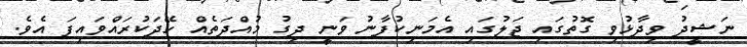
ނަޝީދު ވިދާޅުވި ގޮތުގައި ޖަލުގައި އެމަނިކުފާނު ވަނީ ދިގު މުއްދަތެއް ހޭދަކުރައްވައިފަ އެވެ.